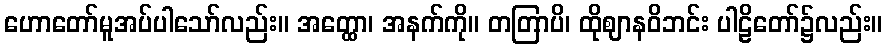
ဟောတော်မူအပ်ပါသော်လည်း။ အတ္ထော၊ အနက်ကို။ တတြာပိ၊ ထိုဈာနဝိဘင်း ပါဠိတော်၌လည်း။